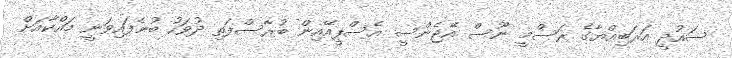
ސައުދީ އަރަބިއްޔާގެ ރަސްމީ ނޫސް އޭޖެންސީ އެސްޕީއޭއިން ބުރާސްފަތި ދުވަހު ބުނެފައިވަނީ މައްކާއަށް